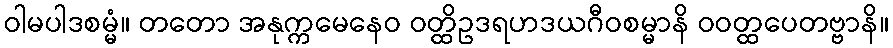
ဝါမပါဒစမ္မံ။ တတော အနုက္ကမေနေဝ ဝတ္ထိဥဒရဟဒယဂီဝစမ္မာနိ ဝဝတ္ထပေတဗ္ဗာနိ။